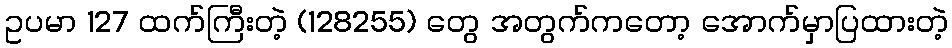
ဥပမာ 127 ထက်ကြီးတဲ့ (128255) တွေ အတွက်ကတော့ အောက်မှာပြထားတဲ့